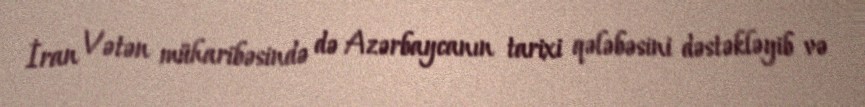
İran Vətən müharibəsində də Azərbaycanın tarixi qələbəsini dəstəkləyib və